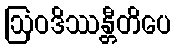
ဩဝဒိဿန္တီတိပေ